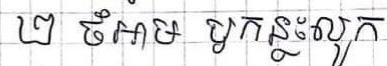
២ ចំអាម ឬកន្លះលូក